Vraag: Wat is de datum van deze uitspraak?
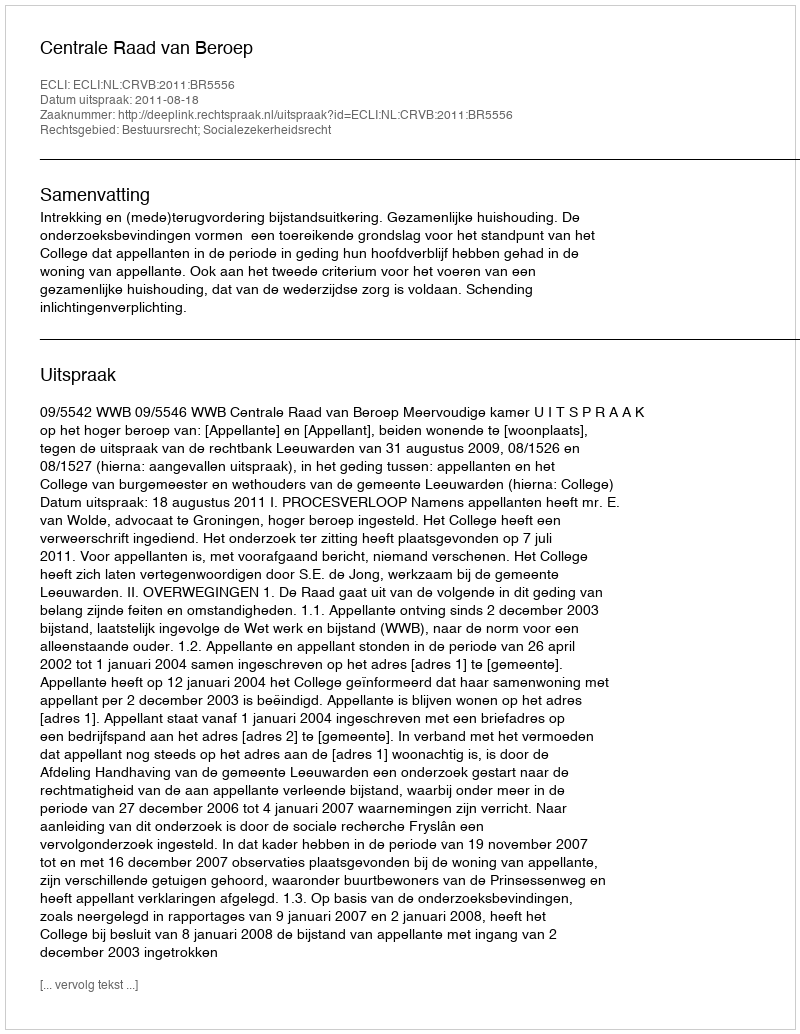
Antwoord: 2011-08-18